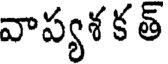
వాప్యశ క త్